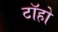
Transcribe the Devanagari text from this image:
टॉहो